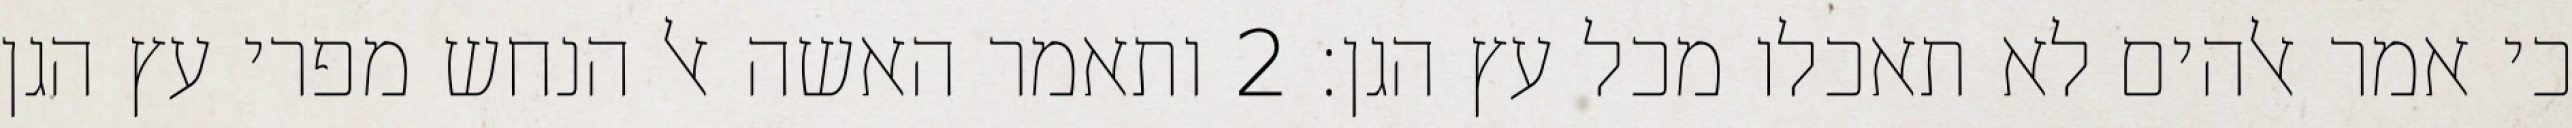
כי אמר אלהים לא תאכלו מכל עץ הגן׃ ‎2‏ ותאמר האשה אל הנחש מפרי עץ הגן